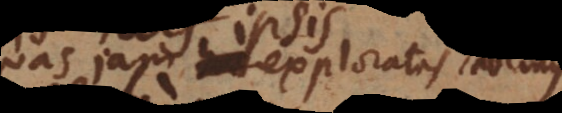
quas jam exploratas habemus